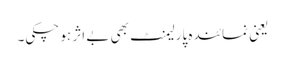
یعنی نمائندہ پارلیمنٹ بھی بے اثر ہو چکی۔